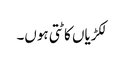
لکڑیاں کاٹتی ہوں۔